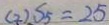
( 2 ) S _ { 5 } = 2 5